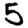
Digit: 5